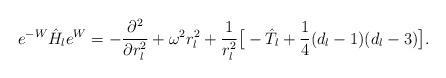
LaTeX: \begin{align*} e^{-W}\hat{H}_le^W=-\frac{\partial^2}{\partial r_l^2}+\omega^2 r_l^2+\frac{1}{r_l^2}\big[-\hat{T}_l+\frac{1}{4}(d_l-1)(d_l-3) \big].\end{align*}